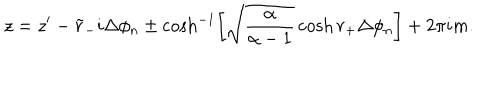
z = z ^ { \prime } - \tilde { r } _ { - } i \Delta \phi _ { n } \pm \cosh ^ { - 1 } \left[ \sqrt { \frac { \alpha } { \alpha - 1 } } \cosh r _ { + } \Delta \phi _ { n } \right] + 2 \pi i m .